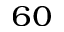
^ { 6 0 }